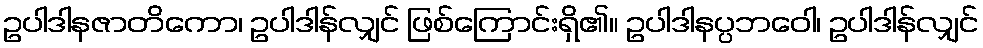
ဥပါဒါနဇာတိကော၊ ဥပါဒါန်လျှင် ဖြစ်ကြောင်းရှိ၏။ ဥပါဒါနပ္ပဘဝေါ၊ ဥပါဒါန်လျှင်